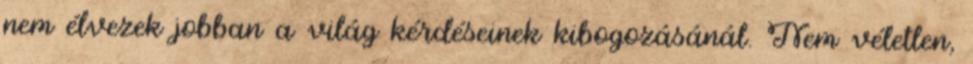
nem élvezek jobban a világ kérdéseinek kibogozásánál. Nem véletlen,